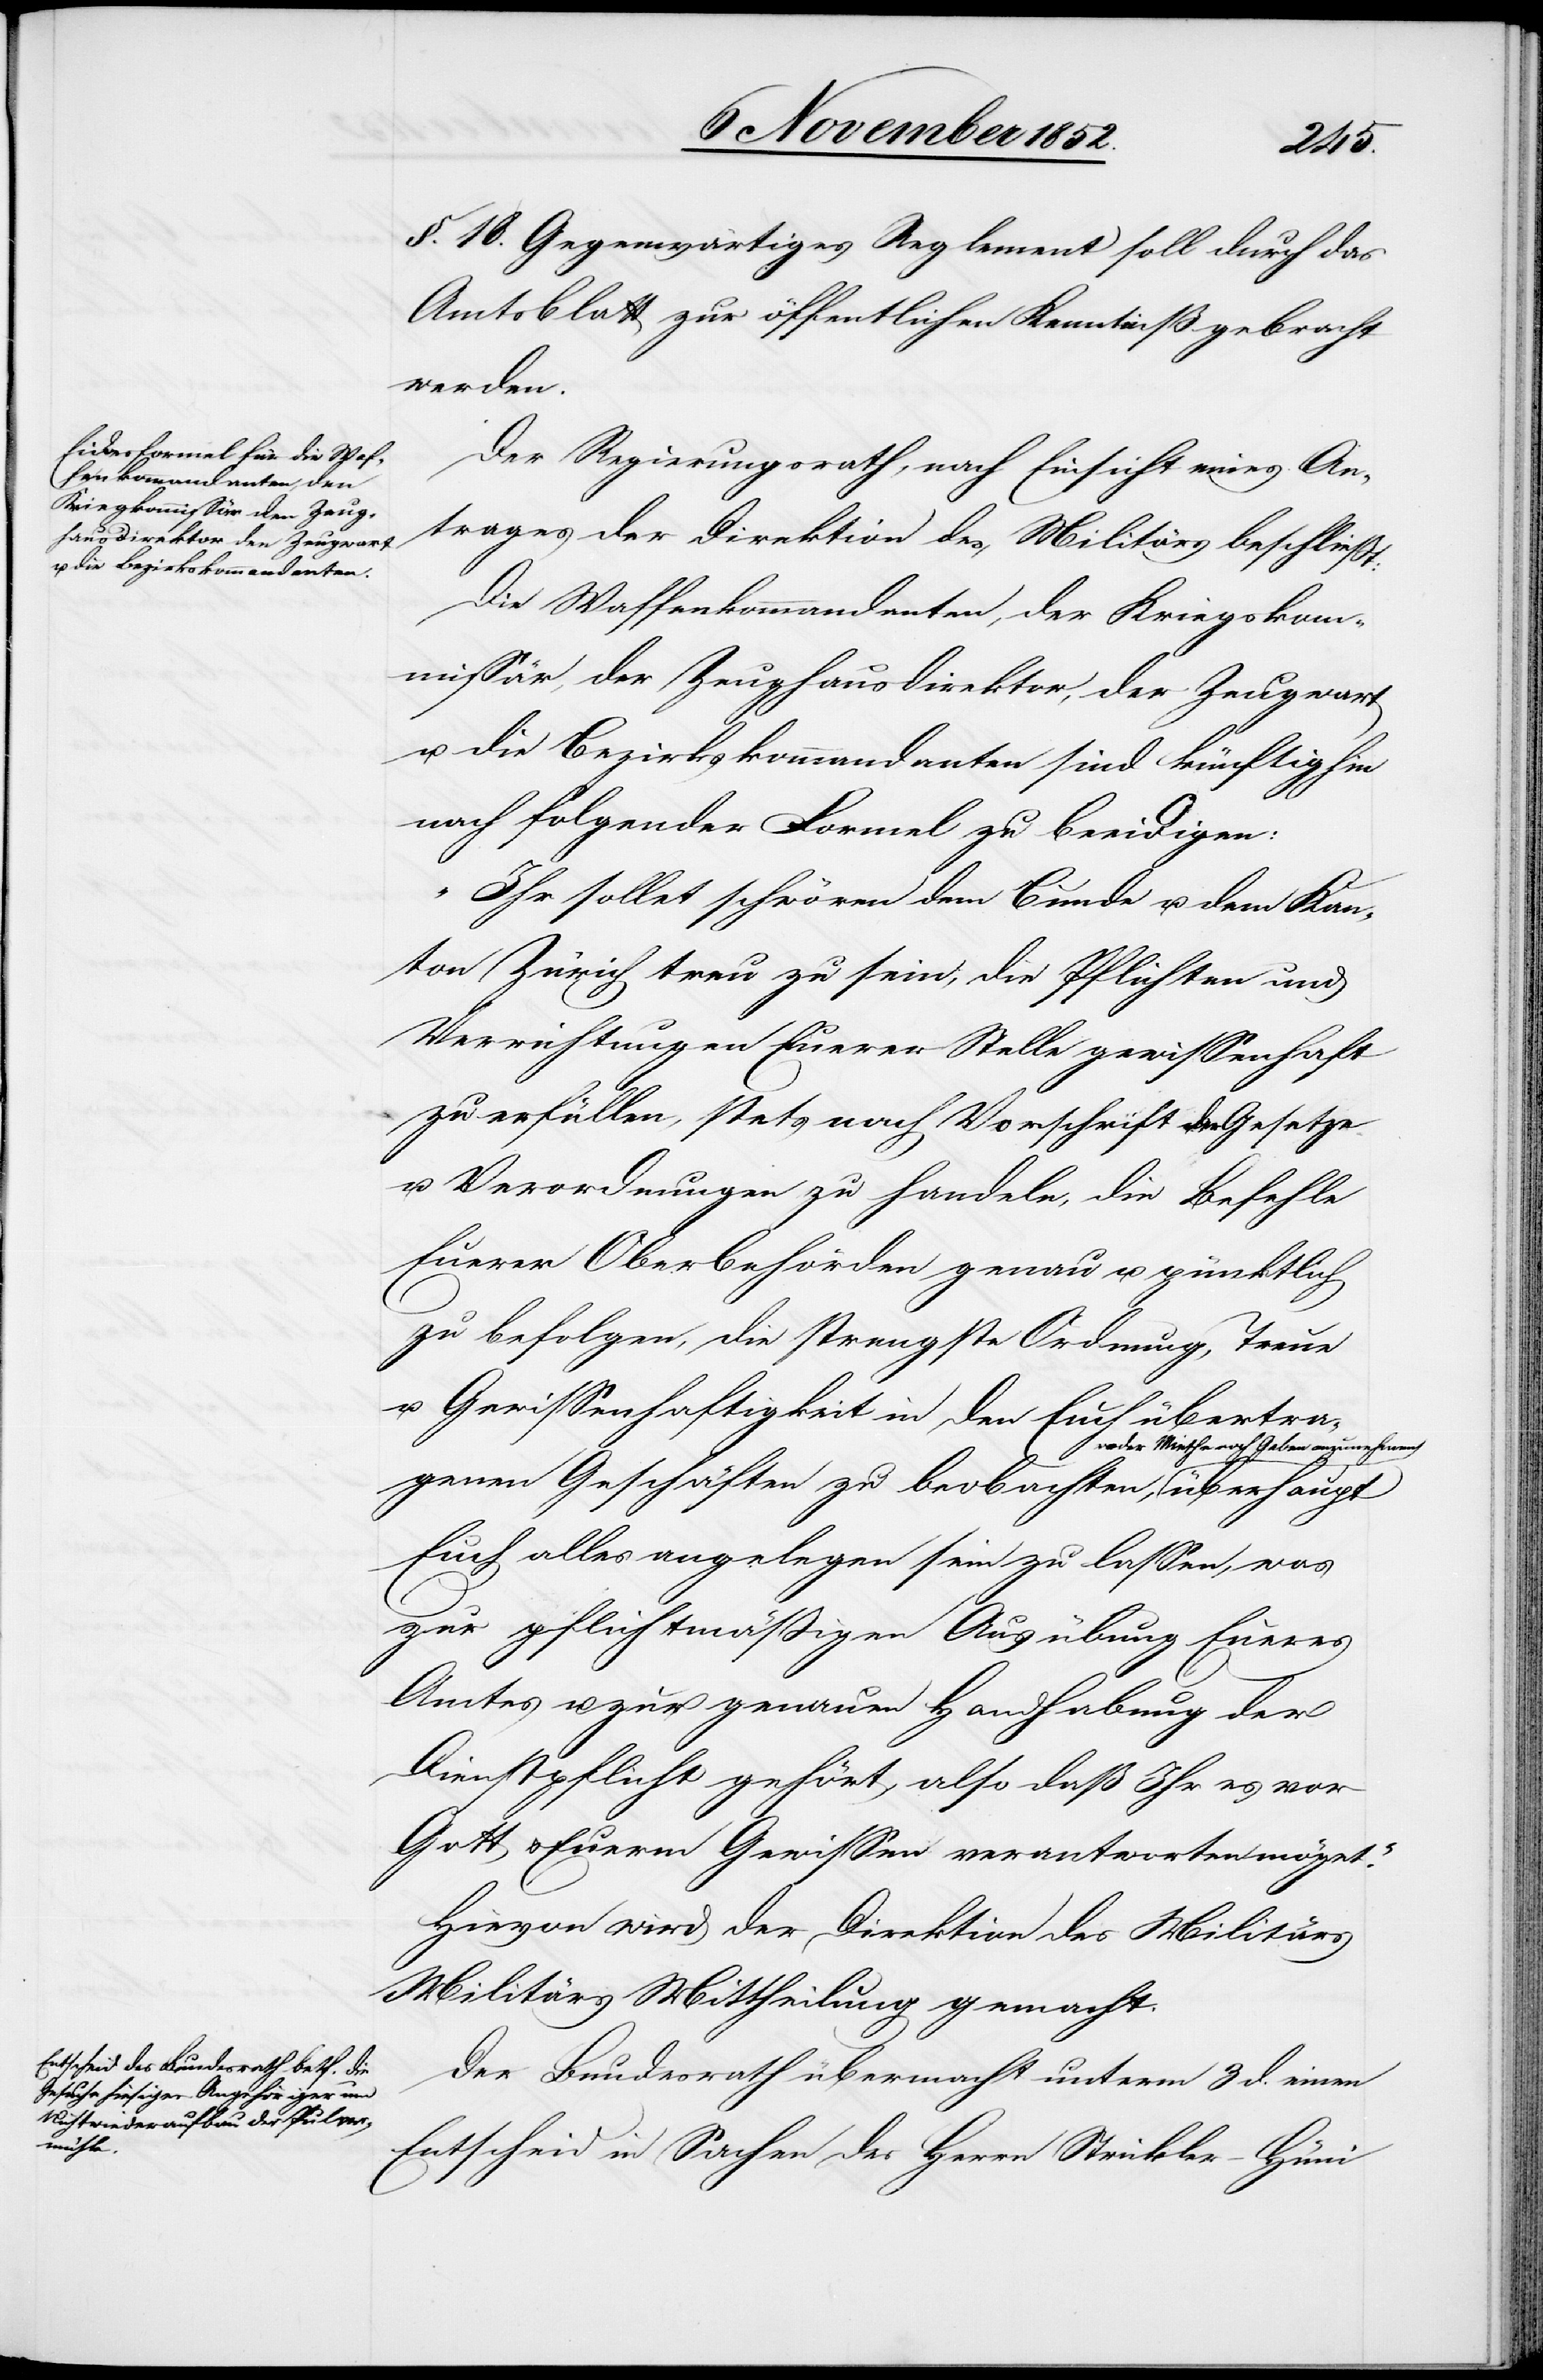
Militärs

§. 18. Gegenwärtiges Reglement soll durch das
Amtsblatt zur öffentlichen Kenntniß gebracht
werden.
Der Regierungsrath, nach Einsicht eines An¬
trages der Direktion des Militärs beschließt:
Die Waffenkommandanten, der Kriegskom¬
missär, der Zeughausdirektor, der Zeugwart
u. die Bezirkskommandanten sind künftighin
nach folgender Formel zu beeidigen:
„Ihr sollet schwören dem Bunde u. dem Kan¬
ton Zürich treu zu sein, die Pflichten und
Verrichtungen Euerer Stelle gewissenhaft
zu erfüllen, stets nach Vorschrift der Gesetze
u. Verordnungen zu handeln, die Befehle
Euerer Oberbehörden genau u. pünktlich
zu befolgen, die strengste Ordnung, Treue
u. Gewissenhaftigkeit in den Euch übertra¬
genen Geschäften zu beobachten, weder Miethe
Euch alles angelegen sein zu lassen, was
zur pflichtmäßigen Ausübung Eueres
Amtes u. zur genauen Handhabung der
Dienstpflicht gehört, also daß Ihr es vor
Gott & Euerm Gewissen verantworten möget.“
Hievon wird der Direktion des Militärs
[sic!] Mittheilung gemacht.
Der Bundesrath übermacht unterm 3 d. einen
Entscheid in Sachen des Herrn Strickler-Hüni